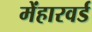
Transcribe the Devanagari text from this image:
मेंहारवर्ड